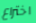
اختراع